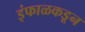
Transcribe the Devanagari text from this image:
इंफाळकडून